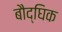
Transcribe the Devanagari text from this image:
बौद्घिक